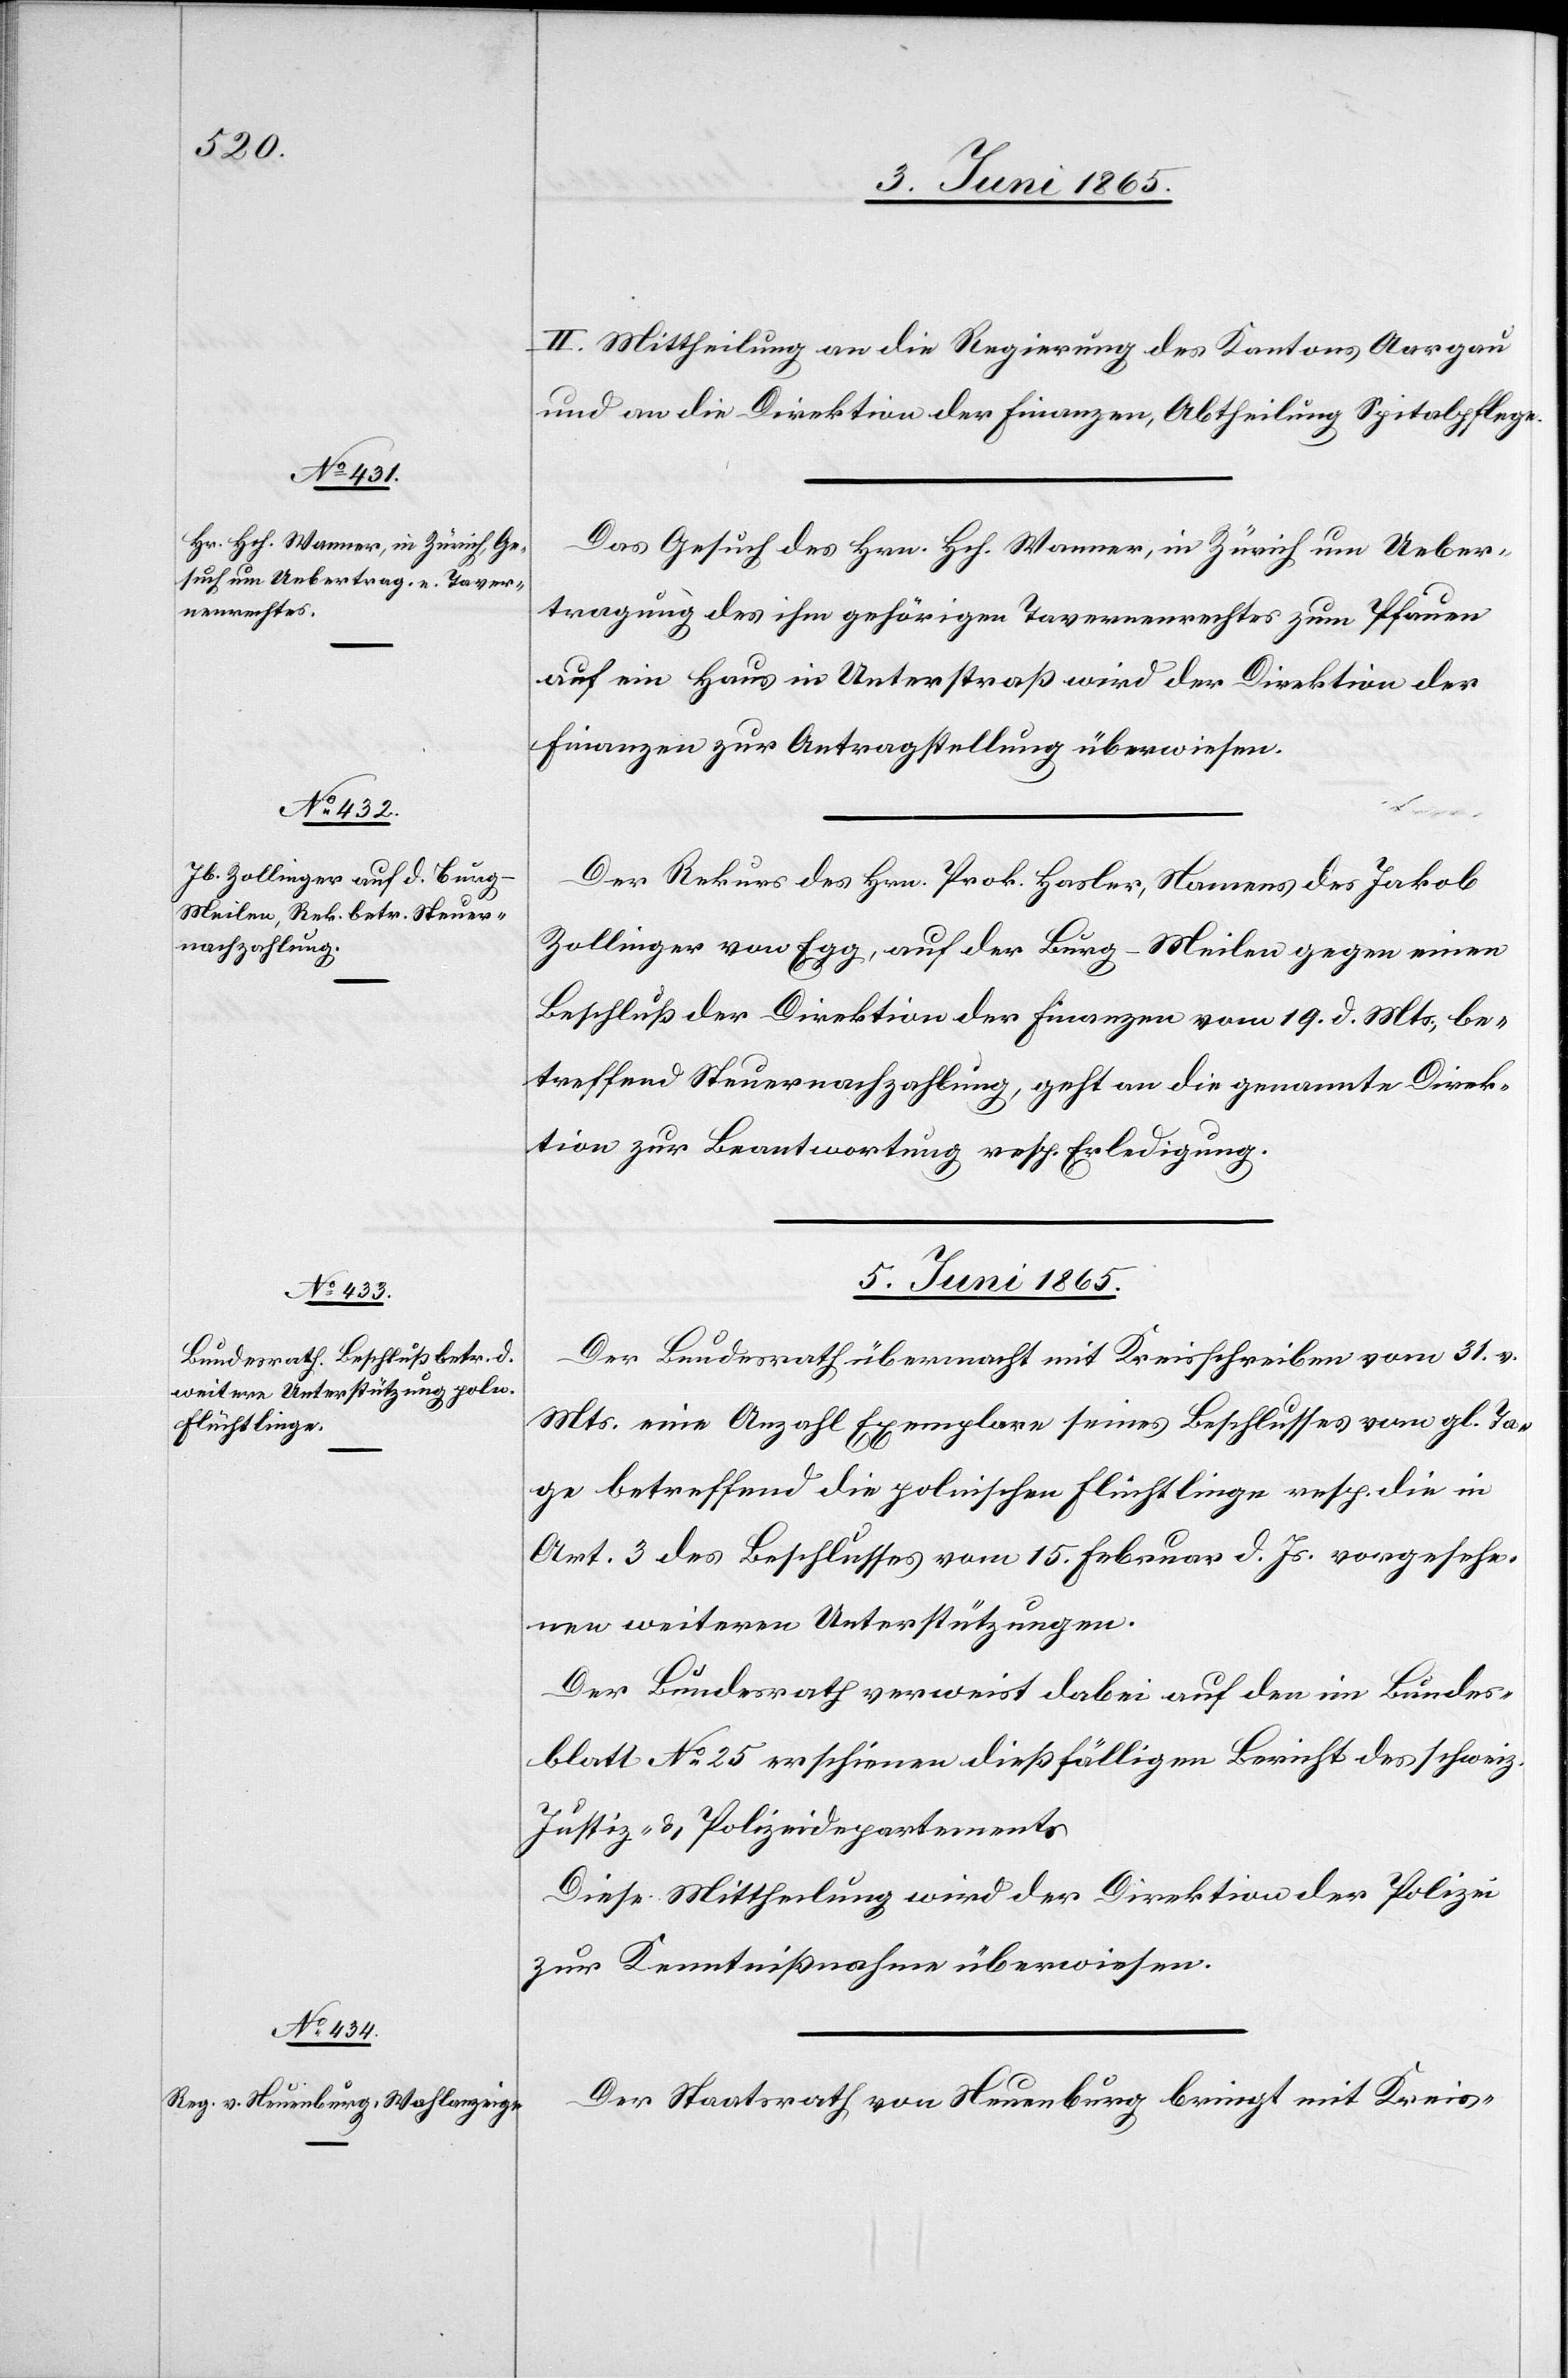
II. Mittheilung an die Regierung des Kantons Aargau
und an die Direktion der Finanzen, Abtheilung Spitalpflege.
Das Gesuch des Hrn. Hch. Wanner, in Zürich um Ueber¬
tragung des ihm gehörigen Tavernenrechtes zum Pfauen
auf ein Haus in Unterstraß wird der Direktion der
Finanzen zur Antragstellung überwiesen.
Der Rekurs des Hrn. Prok. Hasler, Namens des Jakob
Zollinger von Egg, auf der Burg-Meilen gegen einen
Beschluß der Direktion der Finanzen vom 19. d. Mts., be¬
treffend Steuernachzahlung, geht an die genannten Direk¬
tion zur Beantwortung resp. Erledigung.
5. Juni 1865.]
Der Bundesrath übermacht mit Kreisschreiben vom 31. v.
Mts. eine Anzahl Exemplare seines Beschlusses vom gl. Ta¬
ge betreffend die polnischen Flüchtlinge resp. die in
Art. 3 des Beschlusses vom 15. Februar d. Js. vorgesehe¬
nen weiteren Unterstützungen.
Der Bundesrath verweist dabei auf den im Bundes¬
blatt No 25 erschienen dießfälligen Bericht des schweiz.
Justiz- & Polizeidepartements.
Diese Mittheilung wird der Direktion der Polizei
zur Kenntnißnahme überwiesen.
Der Staatsrath von Neuenburg bringt mit Kreis-